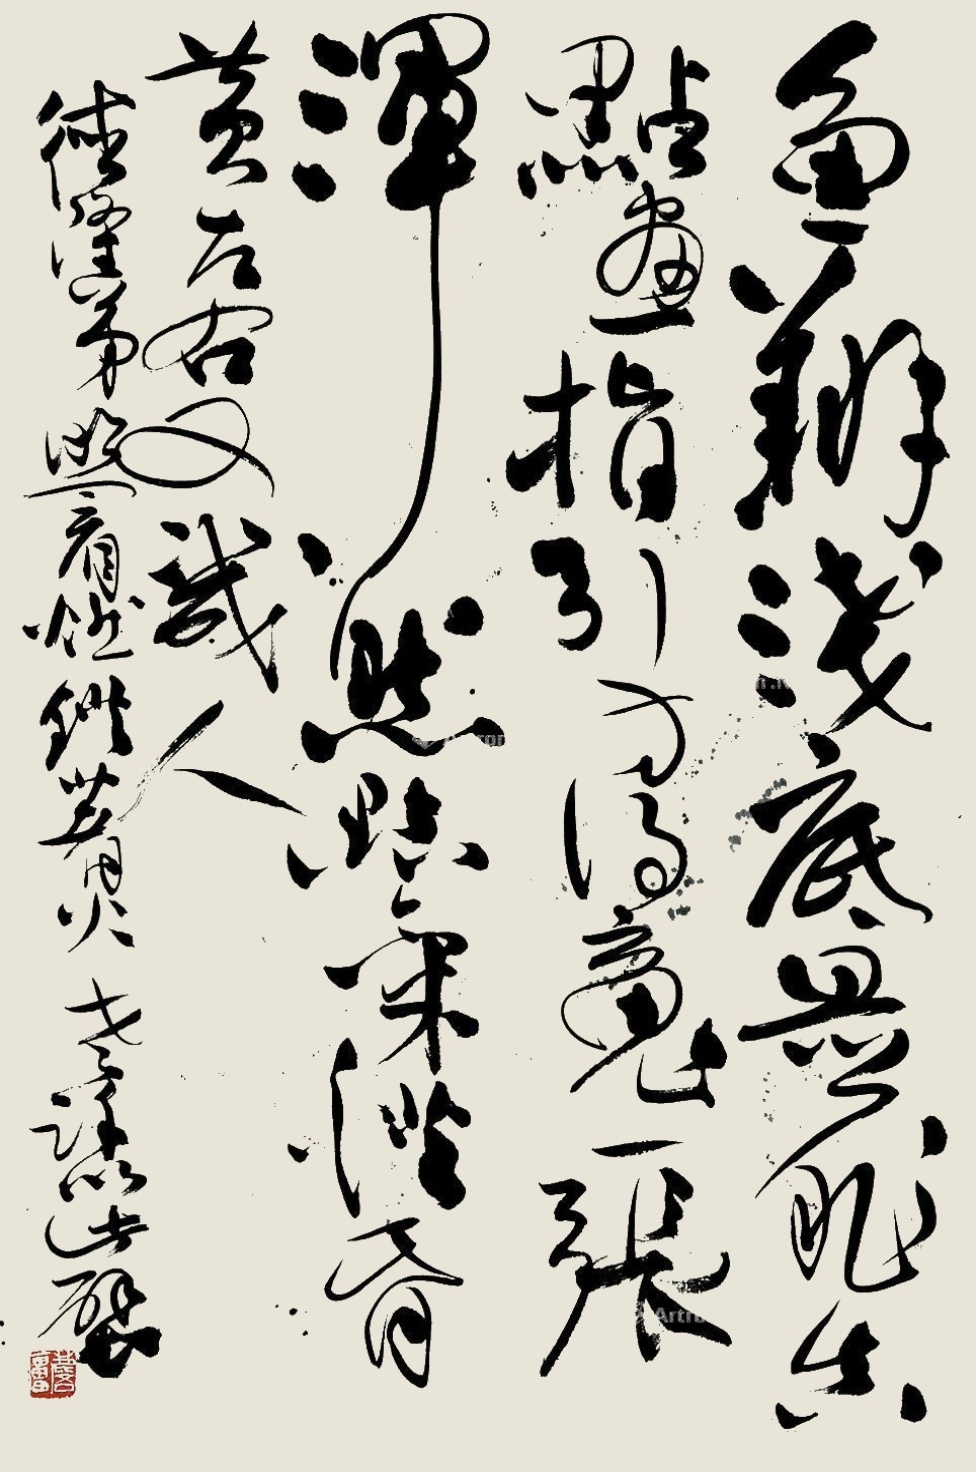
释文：鱼翔浅底是非真，点画指引方得魂。一张浑然点气灯，昏黄左右又几人。德隆弟照看燃灯着火，老许以此壁。